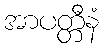
အာပတ္တီနံ